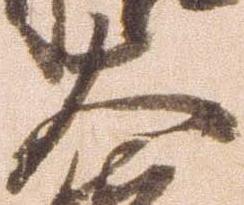
大